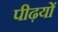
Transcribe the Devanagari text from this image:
पीढ़यों